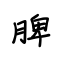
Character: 脾